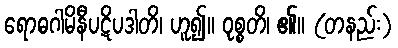
ရောဓဂါမိနီပဋိပဒါတိ၊ ဟူ၍။ ဝုစ္စတိ၊ ၏။ (တနည်း)